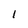
Character: l